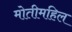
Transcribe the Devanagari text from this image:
मोतीमहिल